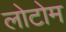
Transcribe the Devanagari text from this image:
लोटोम